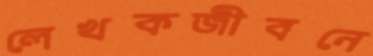
লেখকজীবনে